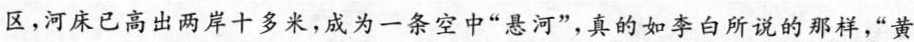
区，河床已高出两岸十多米，成为一条空中“悬河”，真的如李白所说的那样，“黄